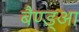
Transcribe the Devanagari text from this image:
बैण्ड्आ